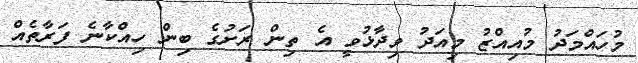
މުހައްމަދު މުއިއްޒު މިއަދު ވިދާޅުވީ އެ ތިން ރަށުގެ ބިން ހިއްކާނެ ފަރާތެއް